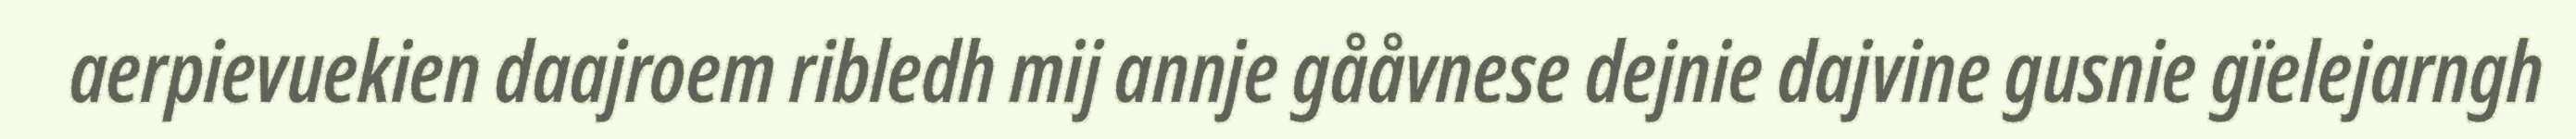
aerpievuekien daajroem ribledh mij annje gååvnese dejnie dajvine gusnie gïelejarngh